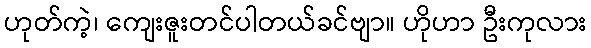
ဟုတ်ကဲ့၊ ကျေးဇူးတင်ပါတယ်ခင်ဗျာ။ ဟိုဟာ ဦးကုလား